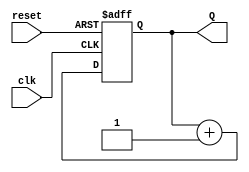
module binary_counter (
    input wire clk,       // Clock signal
    input wire reset,     // Asynchronous reset signal
    output reg [3:0] Q    // 4-bit counter output
);

// State transition logic
always @(posedge clk or posedge reset) begin
    if (reset) begin
        Q <= 4'b0000;  // Reset to 0
    end else begin
        Q <= Q + 1;    // Increment the counter
        // If Q is 15, it wraps around to 0 automatically
    end
end

endmodule